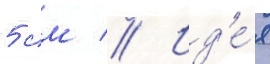
5 см // Ид'е́я